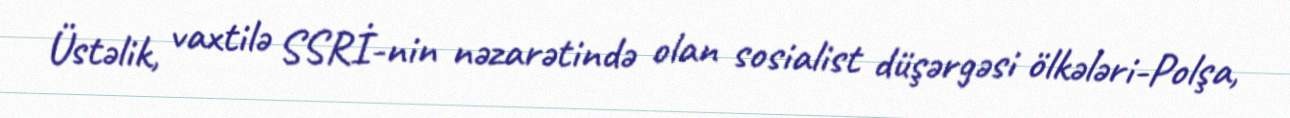
Üstəlik, vaxtilə SSRİ-nin nəzarətində olan sosialist düşərgəsi ölkələri-Polşa,